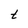
Character: t